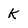
Character: K